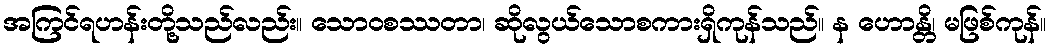
အကြင်ရဟန်းတို့သည်လည်း။ သောဝစဿတာ၊ ဆိုလွယ်သောစကားရှိကုန်သည်။ န ဟောန္တိ၊ မဖြစ်ကုန်။